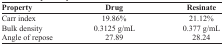
| Property | Drug | Resinate |
 | --- | --- | --- |
 | Carr index | 19.86% | 21.12% |
 | Bulk density | 0.3125 g/mL | 0.377 g/mL |
 | Angle of repose | 27.89 | 28.24 |